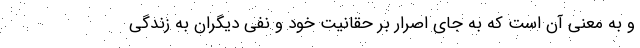
و به معنی آن است که به جای اصرار بر حقانیت خود و نفی دیگران به زندگی